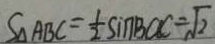
S _ { \Delta } A B C = \frac { 1 } { 2 } \sin B C C = \sqrt { 2 }